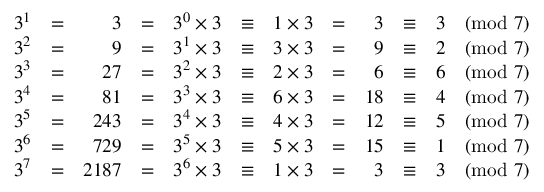
\begin{array} { r c r c r c r c r c r } { 3 ^ { 1 } } & { = } & { 3 } & { = } & { 3 ^ { 0 } \times 3 } & { \equiv } & { 1 \times 3 } & { = } & { 3 } & { \equiv } & { 3 { \pmod { 7 } } } \\ { 3 ^ { 2 } } & { = } & { 9 } & { = } & { 3 ^ { 1 } \times 3 } & { \equiv } & { 3 \times 3 } & { = } & { 9 } & { \equiv } & { 2 { \pmod { 7 } } } \\ { 3 ^ { 3 } } & { = } & { 2 7 } & { = } & { 3 ^ { 2 } \times 3 } & { \equiv } & { 2 \times 3 } & { = } & { 6 } & { \equiv } & { 6 { \pmod { 7 } } } \\ { 3 ^ { 4 } } & { = } & { 8 1 } & { = } & { 3 ^ { 3 } \times 3 } & { \equiv } & { 6 \times 3 } & { = } & { 1 8 } & { \equiv } & { 4 { \pmod { 7 } } } \\ { 3 ^ { 5 } } & { = } & { 2 4 3 } & { = } & { 3 ^ { 4 } \times 3 } & { \equiv } & { 4 \times 3 } & { = } & { 1 2 } & { \equiv } & { 5 { \pmod { 7 } } } \\ { 3 ^ { 6 } } & { = } & { 7 2 9 } & { = } & { 3 ^ { 5 } \times 3 } & { \equiv } & { 5 \times 3 } & { = } & { 1 5 } & { \equiv } & { 1 { \pmod { 7 } } } \\ { 3 ^ { 7 } } & { = } & { 2 1 8 7 } & { = } & { 3 ^ { 6 } \times 3 } & { \equiv } & { 1 \times 3 } & { = } & { 3 } & { \equiv } & { 3 { \pmod { 7 } } } \end{array}